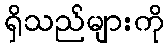
ရှိသည်များကို